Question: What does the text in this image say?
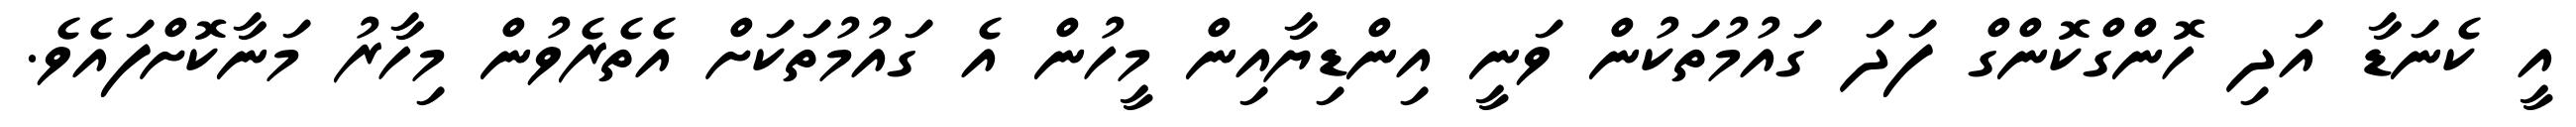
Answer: އީ ކެނަޑާ އަދި ހޮންގްކޮންގް ފަދަ ގައުމުތަކުން ވަނީ އިންޑިޔާއިން މީހުން އެ ގައުމުތަކަށް އެތެރެވުން މިހާރު މަނާކޮށްފައެވެ.